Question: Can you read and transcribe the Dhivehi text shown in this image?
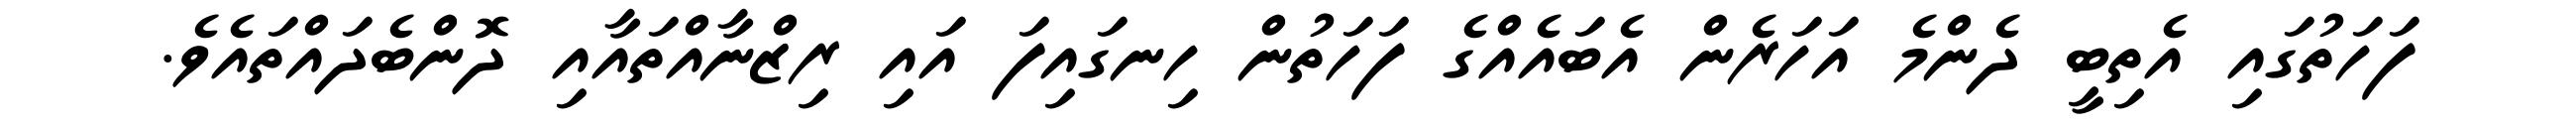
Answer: ފަހަތުގައި އެތިބީ ދެންމެ އަހަރެން އެބައެއްގެ ފަހަތުން ހިނގައިފަ އައި ރިޒްނާއްތައާއި ދޮންބެދައްތައެވެ.